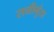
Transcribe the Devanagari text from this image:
रानीमुंडा